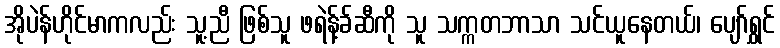
အိုပဲန်ဟိုင်မာကလည်း သူ့ညီ ဖြစ်သူ ဖရဲန့်ခ်ဆီကို သူ သက္ကတဘာသာ သင်ယူနေတယ်၊ ပျော်ရွှင်